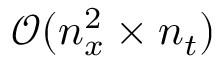
\mathcal { O } ( n _ { x } ^ { 2 } \times n _ { t } )